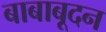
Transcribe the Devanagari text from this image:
बाबाबूदन